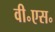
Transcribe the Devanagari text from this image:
वी॰एस॰